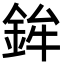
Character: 鉾